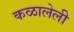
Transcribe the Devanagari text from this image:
कळालेली